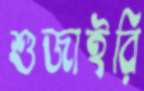
শুজাইরি